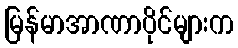
မြန်မာအာဏာပိုင်များက